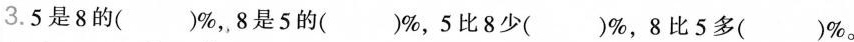
3.5是8的( )%，8是5的( )%，5比8少( )%，8比5多( )%。